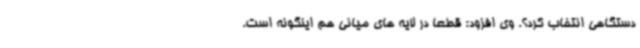
دستگاهی انتخاب کرد؟. وی افزود: قطعا در لایه های میانی هم اینگونه است.